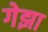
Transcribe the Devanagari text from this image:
गेझा